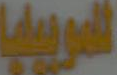
الموبيليا